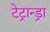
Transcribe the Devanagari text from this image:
टेट्रान्ड्रा